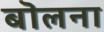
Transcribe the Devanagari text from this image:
बॊलना